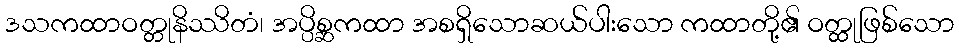
ဒသကထာဝတ္တုနိဿိတံ၊ အပ္ပိစ္ဆကထာ အစရှိသောဆယ်ပါးသော ကထာတို့၏ ဝတ္ထုဖြစ်သော